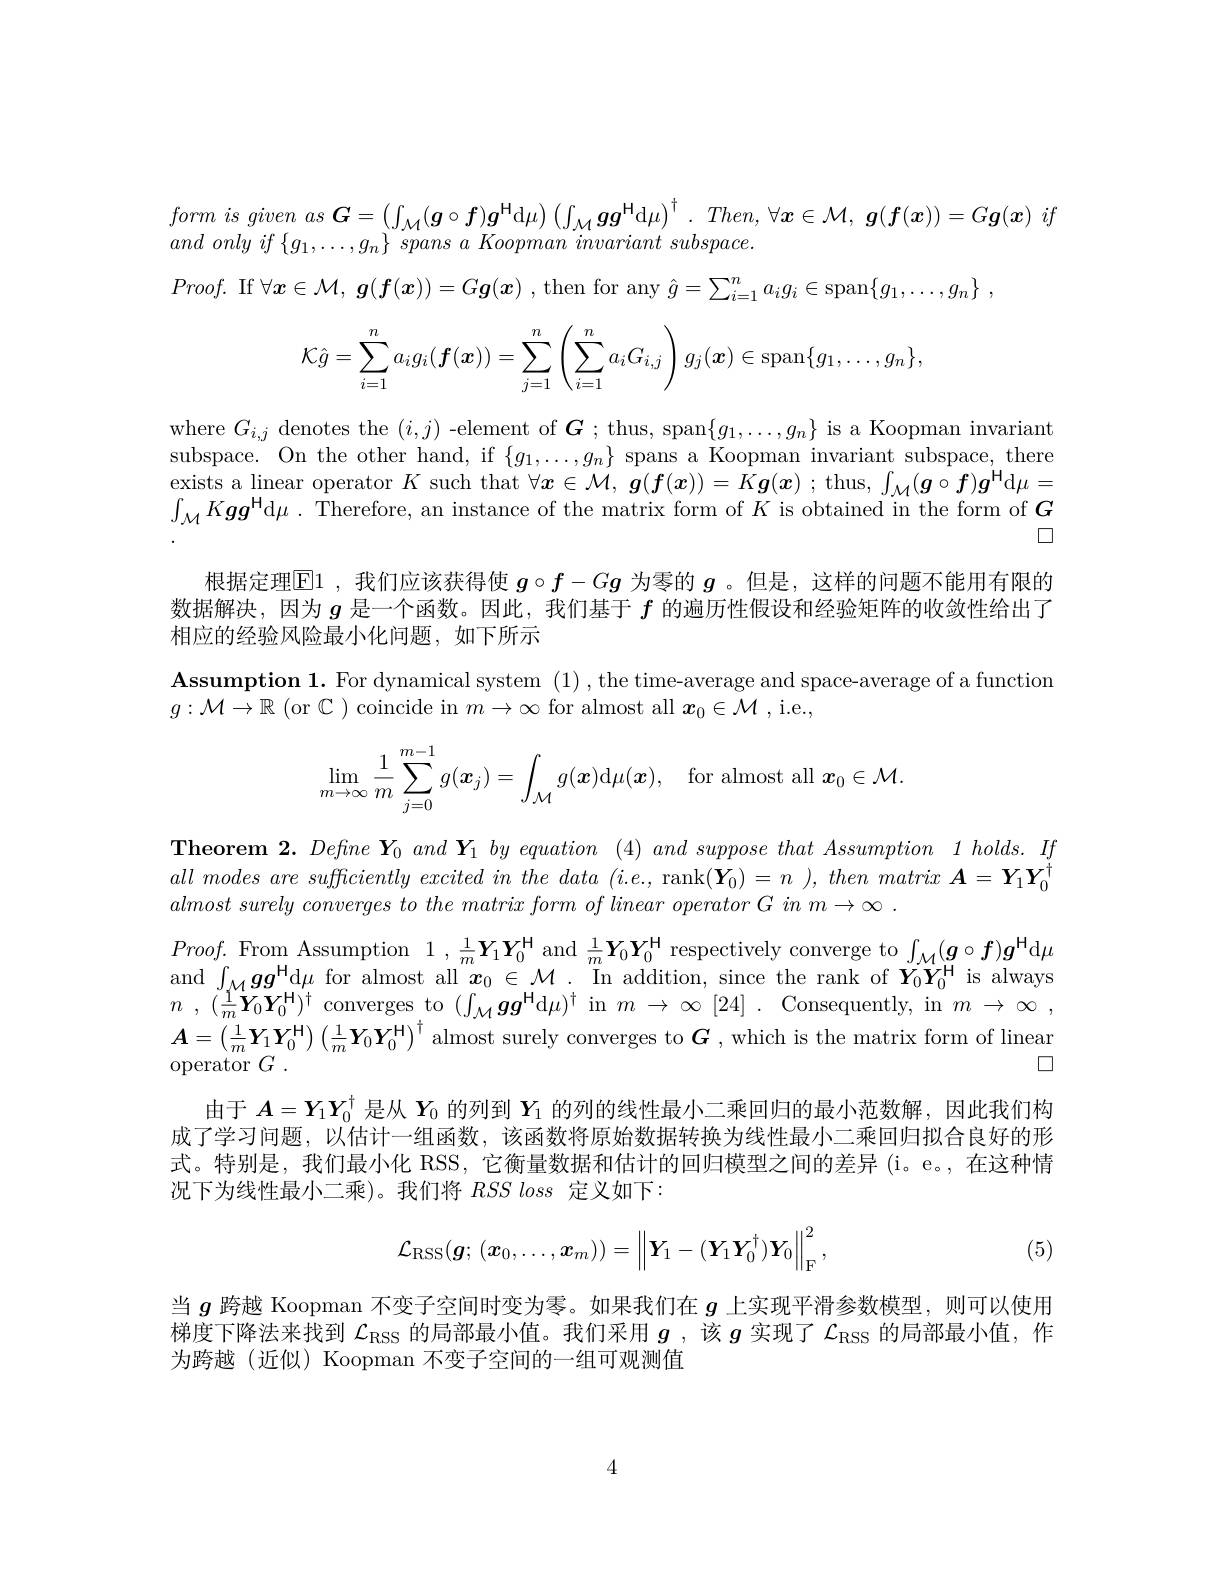
$form is given as \boldsymbol{G}= \left ( \int _{\mathcal{M} }( \boldsymbol{g}\circ \boldsymbol{f}) \boldsymbol{g}^\mathrm{H} \mathrm{d} \mu \right ) \left ( \int _{\mathcal{M} }\boldsymbol{g}\boldsymbol{g}^\mathrm{H} \mathrm{d} \mu \right ) ^\dagger . Then, \forall \boldsymbol{x}\in \mathcal{M} , \boldsymbol{g}( \boldsymbol{f}( \boldsymbol{x}) ) = G\boldsymbol{g}( \boldsymbol{x}) if$
$and~only~if~\{g_{1},\ldots,g_{n}\}~spans~a~Koopman~invariant~subspace.$
$Proof.$ If $\forall\boldsymbol{x}\in\mathcal{M},\boldsymbol{g}(\boldsymbol{f}(\boldsymbol{x}))=G\boldsymbol{g}(\boldsymbol{x})$ , then for any $\hat{g} = \sum _i= 1^{n}a_{i}g_{i}\in \operatorname { span} \{ g_{1}, \ldots , g_{n}\}$ .
$$\mathcal{K}\hat{g}=\sum_{i=1}^na_ig_i(\boldsymbol{f}(\boldsymbol{x}))=\sum_{j=1}^n\left(\sum_{i=1}^na_iG_{i,j}\right)g_j(\boldsymbol{x})\in\mathrm{span}\{g_1,\ldots,g_n\},$$
$\begin{array}{ll}{\mathrm{where~}G_{i,j}}&{\mathrm{denotes~the~}(i,j)\mathrm{~-element~of~}\boldsymbol{G};\mathrm{~thus,~span}\{g_{1},\ldots,g_{n}\}\mathrm{~is~a~Koopman~invariant}}\\{\mathrm{subspace.~On~the~other~hand,~if~}\{g_{1},\ldots,g_{n}\}\mathrm{~spans~a~Koopman~invariant~subspace,~there}}\end{array}$ exists a linear operator $K$ such that $\forall x\in\mathcal{M},\boldsymbol{g}(\boldsymbol{f}(x))=K\boldsymbol{g}(x)$ ; thus, $\int_\mathcal{M}(\boldsymbol{g}\circ\boldsymbol{f})\boldsymbol{g}^\mathrm{H}$d$\mu=$ $\int_{\mathcal{M}}K\boldsymbol{gg}^{\mathrm{H}}$d$\mu.$ Therefore, an instance of the matrix form of $K$ is obtained in the form of $G$

口

根据定理$\boxed{\mathrm{F}}1$ ,我们应该获得使$g\circ f-Gg$为零的$g$ 。但是，这样的问题不能用有限的数据解决，因为$g$是一个函数。因此，我们基于$f$的遍历性假设和经验矩阵的收敛性给出了相应的经验风险最小化问题，如下所示

$\textbf{Assumption 1. For dynamical system ( 1) , the time- average and space- average of a function}$
$g:\mathcal{M}\to\mathbb{R}$ (or $\mathbb{C})$ coincide in $m\to\infty$ for almost all $\boldsymbol x_0\in\mathcal{M}$,i.e.,
$$\lim\limits_{m\to\infty}\frac{1}{m}\sum\limits_{j=0}^{m-1}g(\boldsymbol{x}_{j})=\int\limits_{\mathcal{M}}g(\boldsymbol{x})\mathrm{d}\mu(\boldsymbol{x}),\quad\mathrm{for~almost~all}\:\boldsymbol{x}_{0}\in\mathcal{M}.$$
$\textbf{Theorem 2. Define Y}_{0}$ and $Y_{1}$ $by$ equation (4) and suppose that Assumption 1 $holds. If$ all modes are sufficiently excited $in$ the data $( i. e$, rank$( \mathbf{Y} _{0}) = n$ $) , then$ matrix $\boldsymbol{A}= \boldsymbol{Y}_{1}\boldsymbol{Y}_{0}^{\dagger }$ almost surely converges $to$ the matrix form $of$ $l$ $Proof.$From Assumption $1, \frac 1m\boldsymbol{Y}_{1}\boldsymbol{Y}_{0}^{\mathrm{H} }$ and $\frac 1m\boldsymbol{Y}_{0}\boldsymbol{Y}_{0}^{\mathrm{H} }$ respectively converge to$\int _{\mathcal{M} }( \boldsymbol{g}\circ \boldsymbol{f}) \boldsymbol{g}^{\mathrm{H} }$d$\mu$ and $\int _{\mathcal{M} }\boldsymbol{g}\boldsymbol{g}^{\mathrm{H} }$d$\mu$ for almost all $\boldsymbolx_{0}\in \mathcal{M} .$ In addition, since the rank of $\boldsymbol{A}=\left(\frac1m\boldsymbol{Y}_1\boldsymbol{Y}_0^\mathrm{H}\right)\left(\frac1m\boldsymbol{Y}_0\boldsymbol{Y}_0^\mathrm{H}\right)^\dagger$ almost surely converges to $\boldsymbol{G}$, which is the matrix form of linear
$\square$
$\operatorname { operator} G$ .
由于$\boldsymbol{A}=\boldsymbol{Y}_1\boldsymbol{Y}_0^\dagger$是从$\boldsymbol{Y}_0$的列到$\boldsymbol{Y}_1$的列的线性最小二乘回归的最小范数解，因此我们构成了学习问题，以估计一组函数，该函数将原始数据转换为线性最小二乘回归拟合良好的形式。特别是，我们最小化 RSS, 它衡量数据和估计的回归模型之间的差异(i。e。,在这种情况下为线性最小二乘)。我们将$RSS\textit{loss 定 义 如 下 : }$
$$\mathcal{L}_{\mathrm{RSS}}(\boldsymbol{g};\:(\boldsymbol{x}_0,\ldots,\boldsymbol{x}_m))=\left\|\boldsymbol{Y}_1-(\boldsymbol{Y}_1\boldsymbol{Y}_0^\dagger)\boldsymbol{Y}_0\right\|_{\mathrm{F}}^2,$$
(5)

当$g$跨越 Koopman 不变子空间时变为零。如果我们在$g$上实现平滑参数模型，则可以使用梯度下降法来找到$\mathcal{L}_\mathrm{RSS}$的局部最小值。我们采用$g$ ,该$g$实现了$\mathcal{L}_\mathrm{RSS}$的局部最小值，作为跨越(近似) Koopman 不变子空间的一组可观测值

4